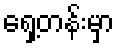
ရှေ့တန်းမှာ